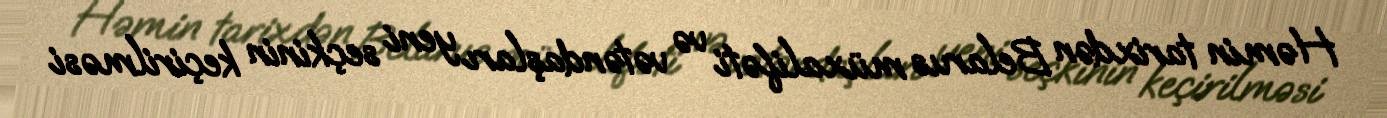
Həmin tarixdən Belarus müxalifəti və vətəndaşları yeni seçkinin keçirilməsi